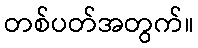
တစ်ပတ်အတွက်။